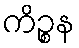
ကိဉ္စန